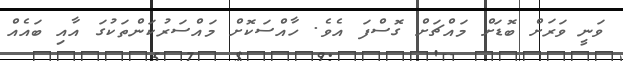
ވަނީ ވަރަށް ބޮޑަށް މައްޗަށް ގޮސްފަ އެވެ. ހާއްސަކޮށް މައްސަރުކަންތަކުގަ އާއި ބައެއް